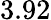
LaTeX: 3.92